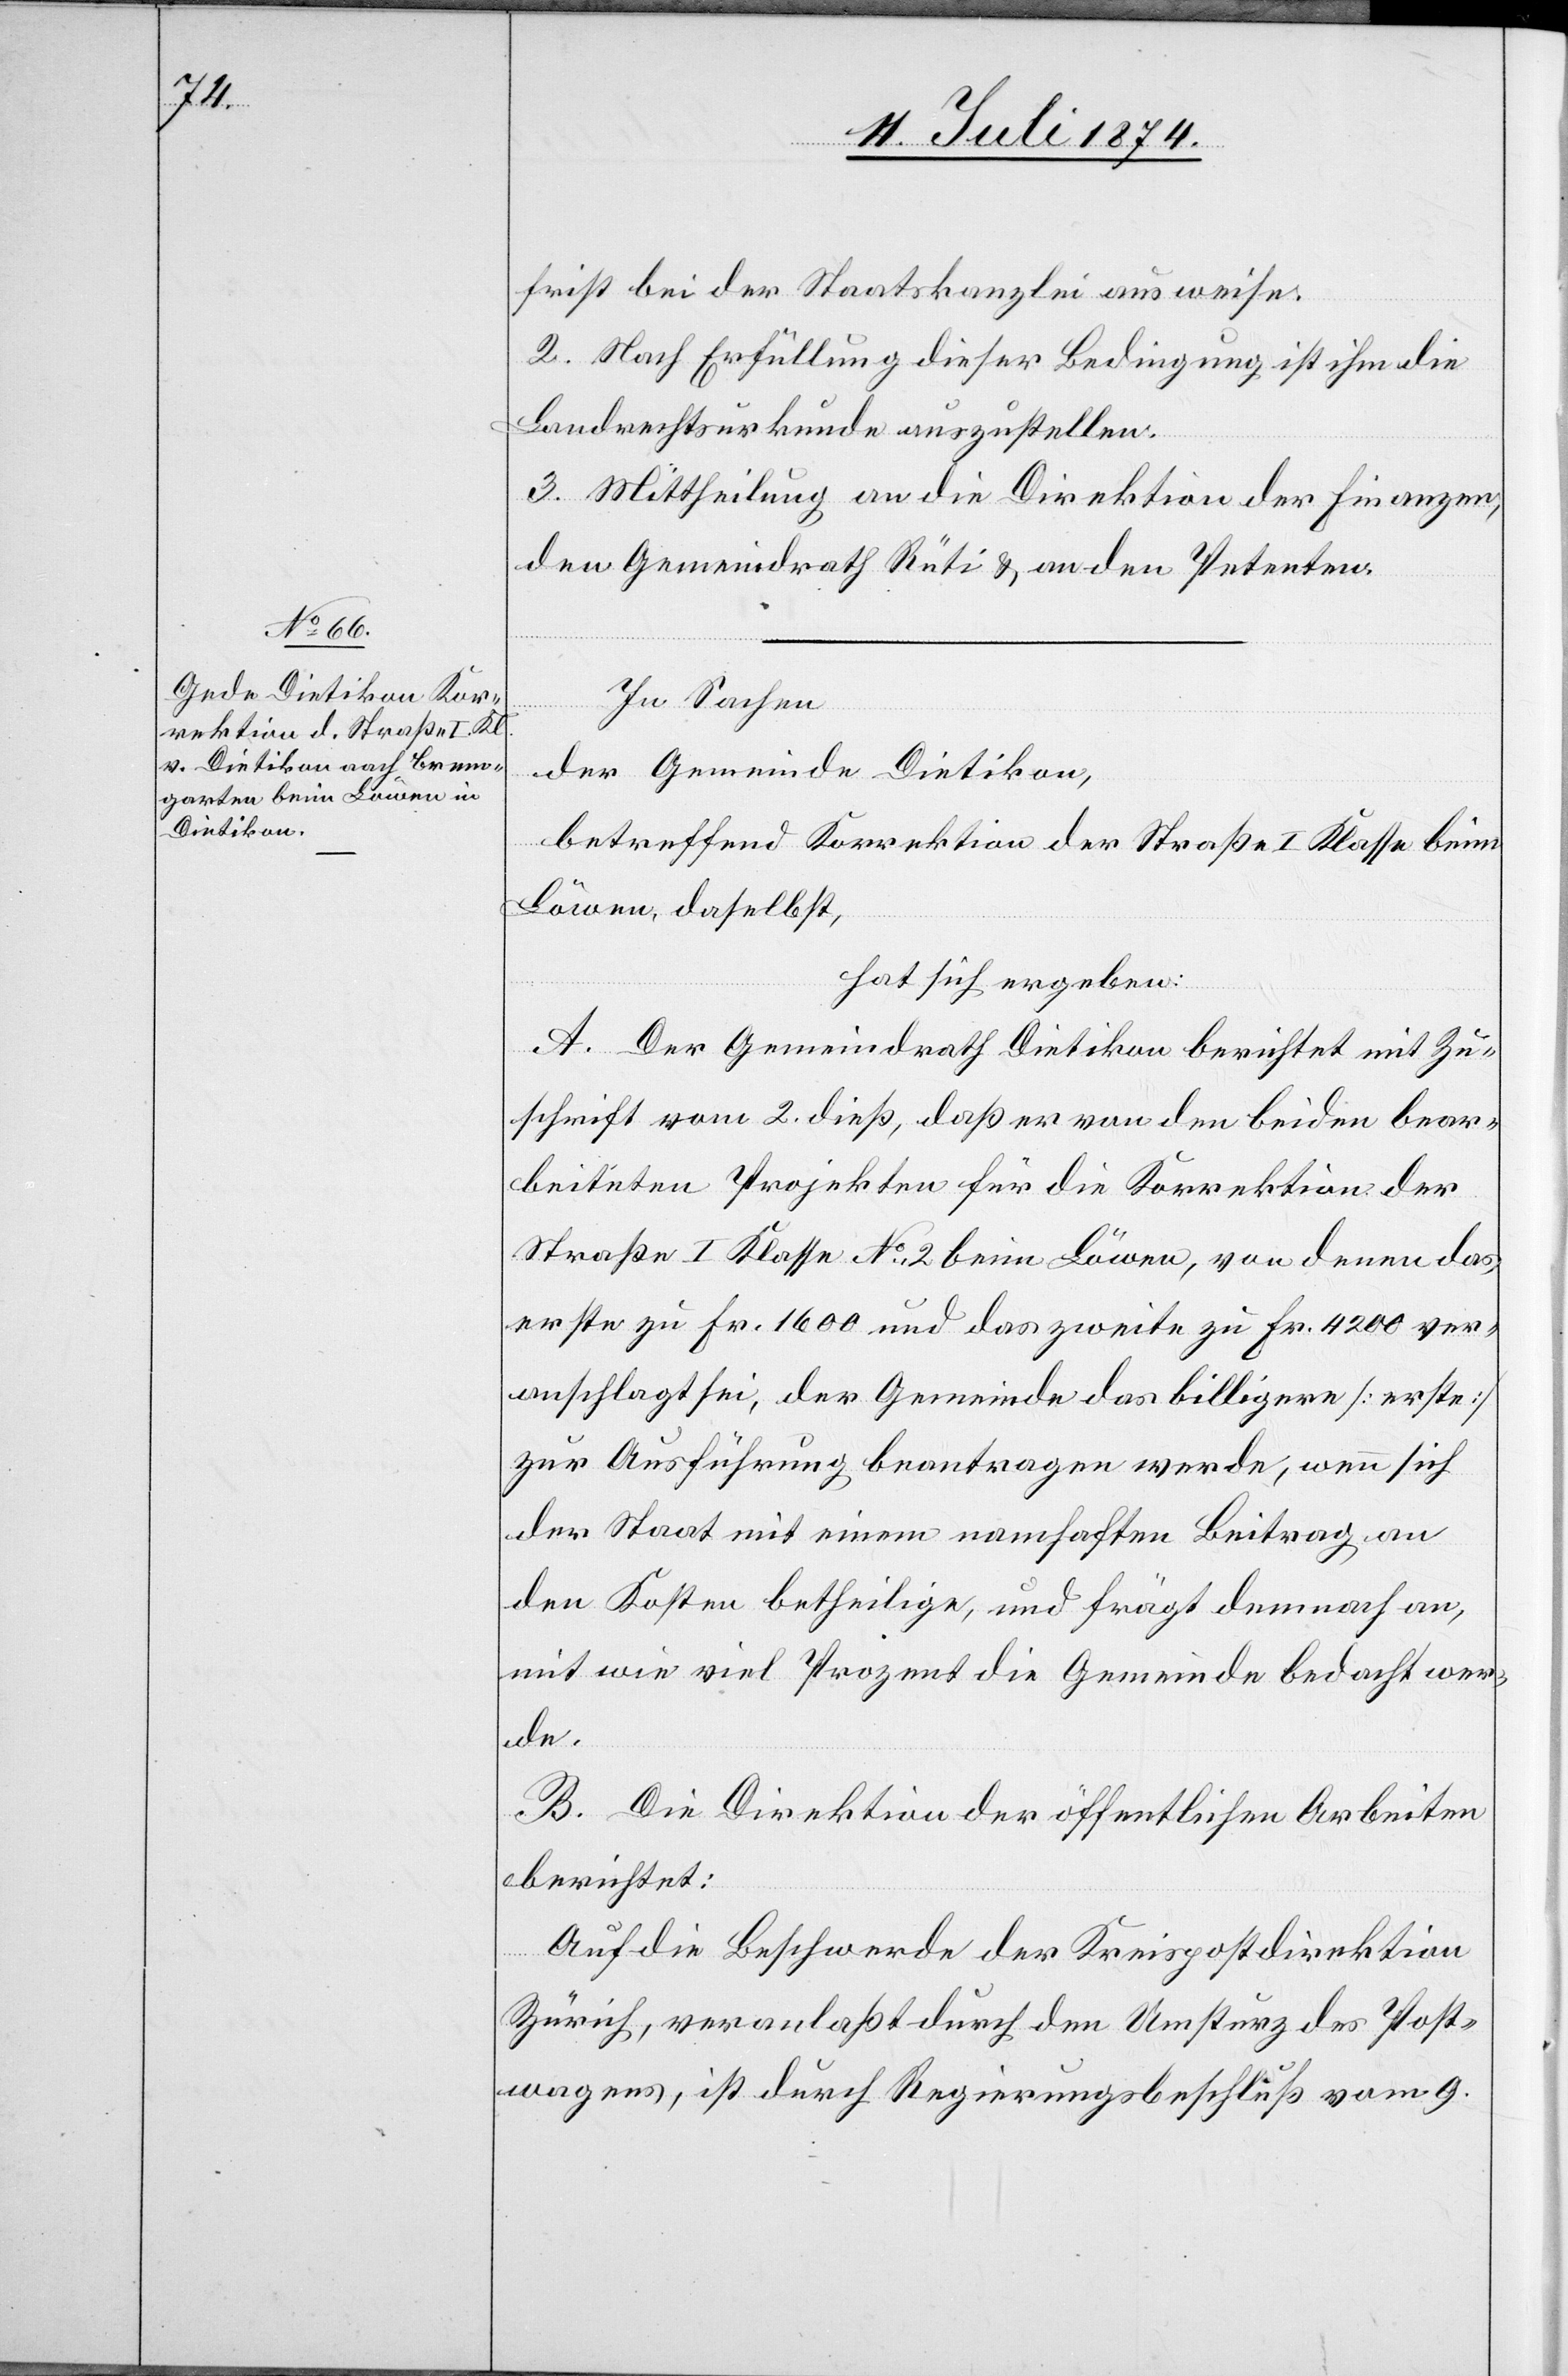
frist bei der Staatskanzlei ausweise.
2. Nach Erfüllung dieser Bedingung ist ihm die
Landrechtsurkunde auszustellen.
3. Mittheilung an die Direktion der Finanzen,
den Gemeindrath Rüti u. an den Petenten.
In Sachen
der Gemeinde Dietikon,
betreffend Korrektion der Straße I. Klasse beim
Löwen, daselbst,
hat sich ergeben:
A. Der Gemeindrath Dietikon berichtet mit Zu¬
schrift vom 2. dieß, daß er von den beiden bear¬
beiteten Projekten für die Korrektion der
Straße I. Klasse No 2 beim Löwen, von denen das
erste zu Fr. 1600 und das zweite zu Fr. 4200 ver¬
anschlagt sei, der Gemeinde das billigere [erste]
zur Ausführung beantragen werde, wenn sich
der Staat mit einem namhaften Beitrag an
den Kosten betheilige, und frägt demnach an,
mit wie viel Prozent die Gemeinde bedacht wer¬
de.
B. Die Direktion der öffentlichen Arbeiten
berichtet:
Auf die Beschwerde der Kreispostdirektion
Zürich, veranlaßt durch den Umsturz des Post¬
wagens, ist durch Regierungsbeschluß vom 9.